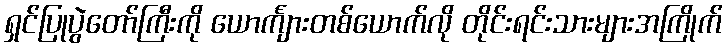
ရှင်ပြုပွဲတော်ကြီးကို ယောင်္ကျားတစ်ယောက်လို တိုင်းရင်းသားများအကြိုက်